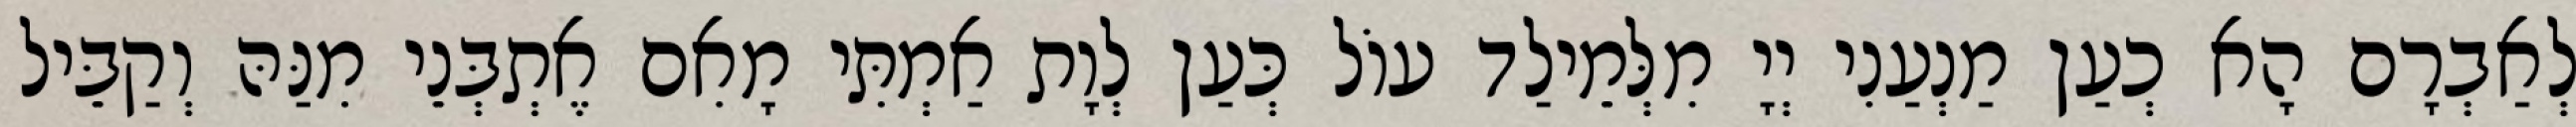
לְאַבְרָם הָא כְעַן מַנְעַנִי יְיָ מִלְּמֵילַד עוֹל כְּעַן לְוָת אַמְתִּי מָאִם אֶתְבְּנֵי מִנַּהּ וְקַבֵּיל